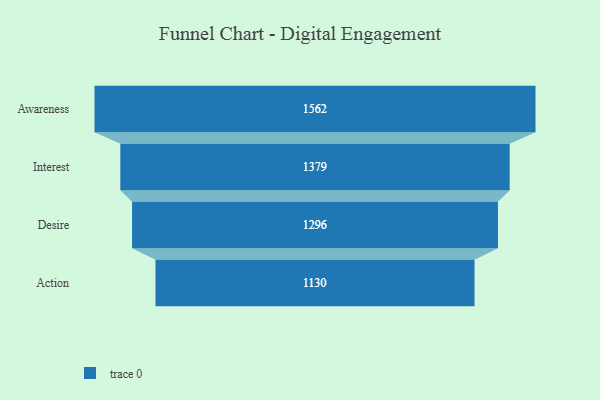
{"axis": {"x": "Stage", "y": "Value"}, "legend": [""], "data": [{"x": "Awareness", "y": 1562.0, "type": ""}, {"x": "Interest", "y": 1379.0, "type": ""}, {"x": "Desire", "y": 1296.0, "type": ""}, {"x": "Action", "y": 1130.0, "type": ""}]}